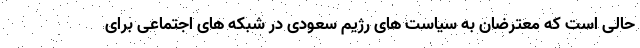
حالی است که معترضان به سیاست های رژیم سعودی در شبکه های اجتماعی برای